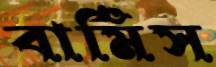
বার্মিস